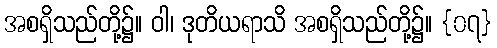
အစရှိသည်တို့၌။ ဝါ၊ ဒုတိယရာသိ အစရှိသည်တို့၌။ {၀၇}